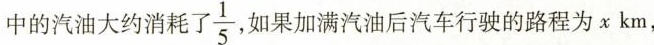
中的汽油大约消耗了\frac{1}{5}，如果加满汽油后汽车行驶的路程为x km，